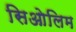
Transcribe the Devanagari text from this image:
सिओलिम